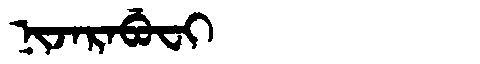
Manchu: ᠨᡳᠵᠠᡵᠠᠪᡠᠸᡳ
Romanization: NIJARABUFI